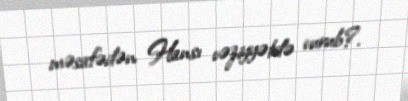
məsafədən Hansı vəziyyətdə vurub?.